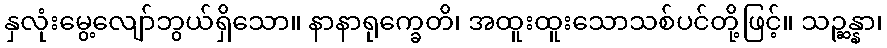
နှလုံးမွေ့လျော်ဘွယ်ရှိသော။ နာနာရုက္ခေတိ၊ အထူးထူးသောသစ်ပင်တို့ဖြင့်။ သဉ္ဆန္နာ၊